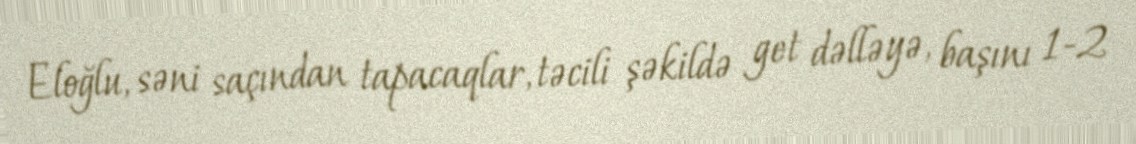
Eloğlu, səni saçından tapacaqlar, təcili şəkildə get dəlləyə, başını 1-2